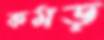
কমড়